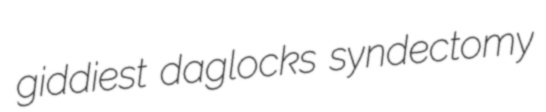
giddiest daglocks syndectomy